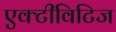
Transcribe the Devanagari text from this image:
एक्टीविटिज